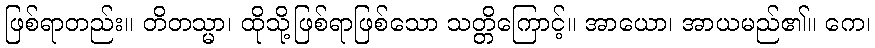
ဖြစ်ရာတည်း။ တိတသ္မာ၊ ထိုသို့ဖြစ်ရာဖြစ်သော သတ္တိကြောင့်။ အာယော၊ အာယမည်၏။ ကေ၊